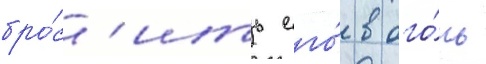
бро́с'ить его́ в ого́нь